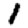
Digit: 1